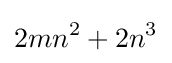
2mn^{2}+2n^{3}